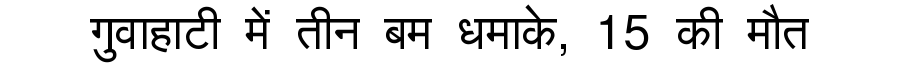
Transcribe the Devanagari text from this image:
गुवाहाटी में तीन बम धमाके, 15 की मौत